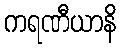
ကရဏီယာနိ